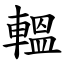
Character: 轀